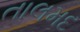
તાલમદ